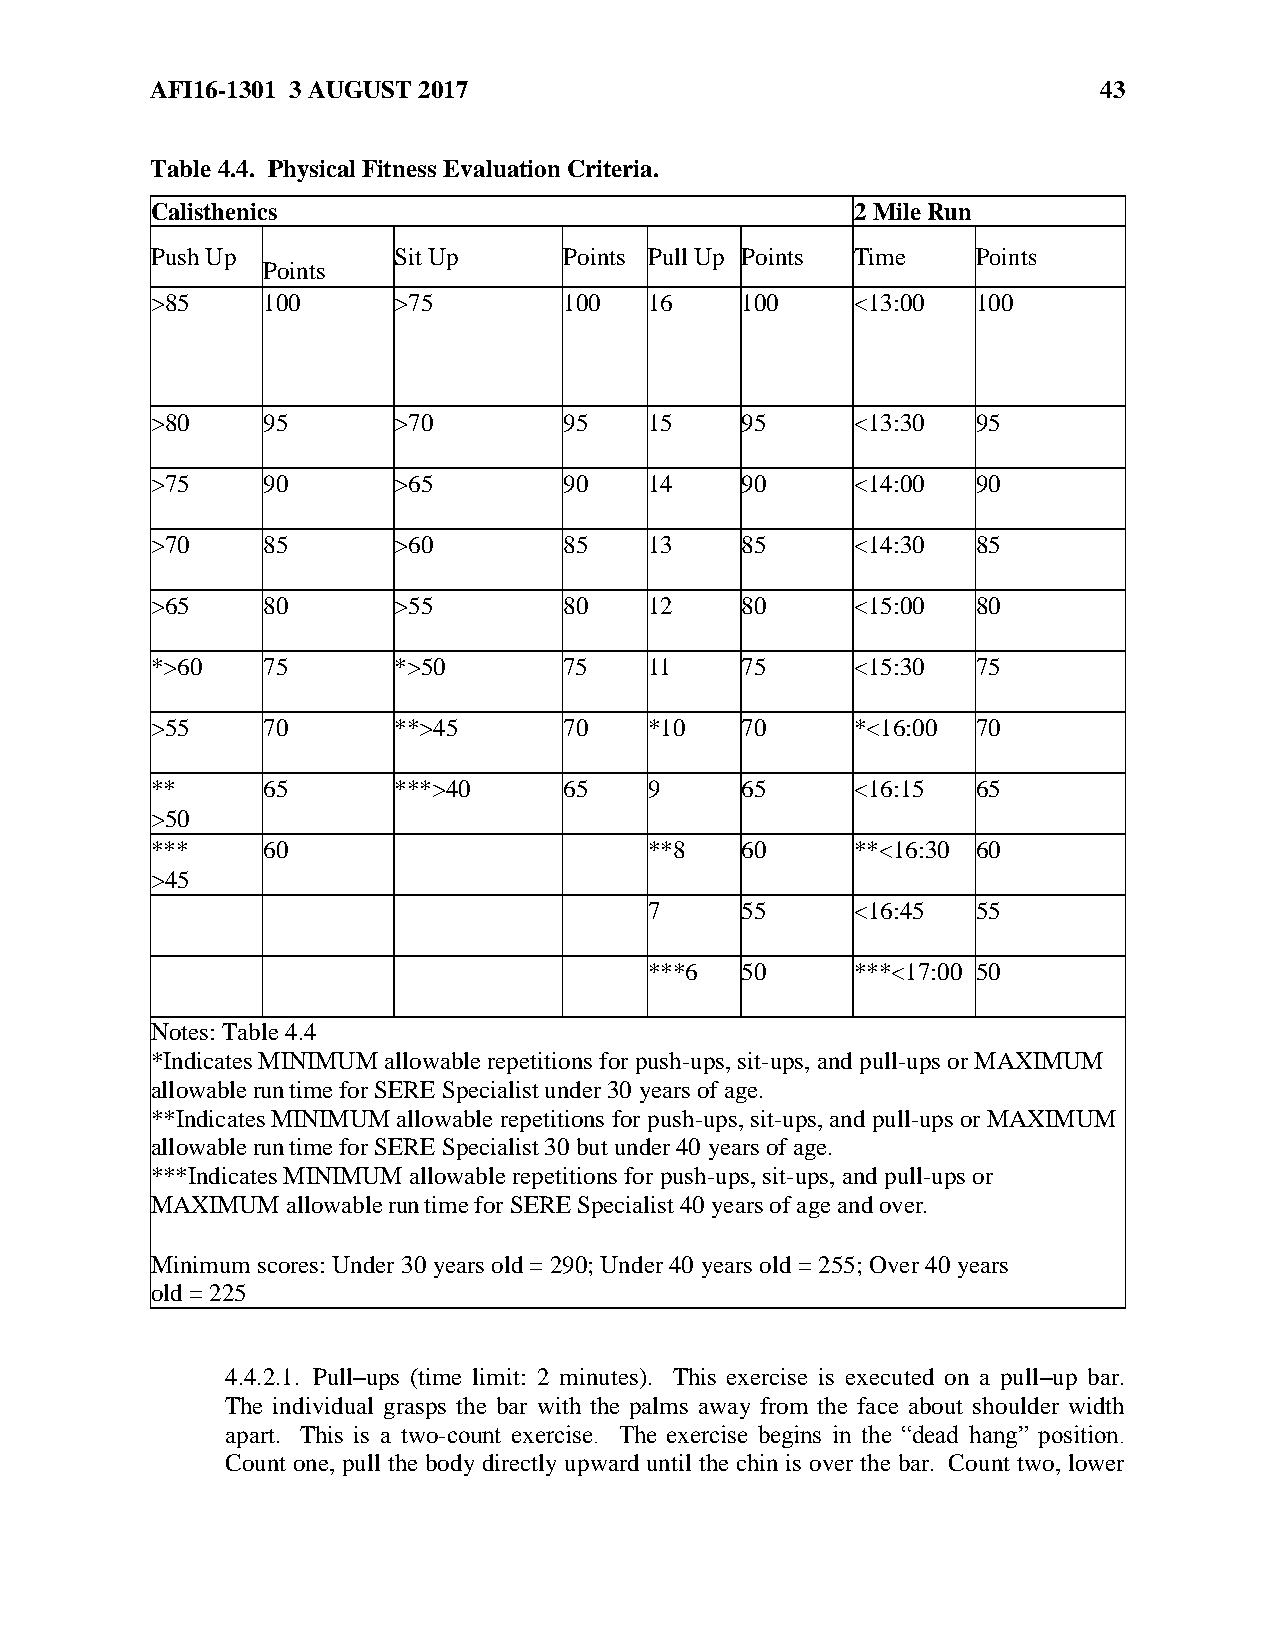
AFI16-1301 3 AUGUST 2017                                       43
 Table 4.4. Physical Fitness Evaluation Criteria.
 Calisthenics                                   2 Mile Run
 Push Up         Sit Up     Points Pull Up Points Time  Points
 Points
 >85    100      >75        100   16    100     <13:00  100
 >80    95       >70        95    15    95      <13:30  95
 >75    90       >65        90    14    90      <14:00  90
 >70    85       >60        85    13    85      <14:30  85
 >65    80       >55        80    12    80      <15:00  80
 *>60   75       *>50       75    11    75      <15:30  75
 >55    70       **>45      70    *10   70      *<16:00 70
 **     65       ***>40     65    9     65      <16:15  65
 >50
 ***    60                        **8   60      **<16:30 60
 >45
 7     55      <16:45  55
 ***6  50      ***<17:00 50
 Notes: Table 4.4
 *Indicates MINIMUM allowable repetitions for push-ups, sit-ups, and pull-ups or MAXIMUM
 allowable run time for SERE Specialist under 30 years of age.
 **Indicates MINIMUM allowable repetitions for push-ups, sit-ups, and pull-ups or MAXIMUM
 allowable run time for SERE Specialist 30 but under 40 years of age.
 ***Indicates MINIMUM allowable repetitions for push-ups, sit-ups, and pull-ups or
 MAXIMUM  allowable run time for SERE Specialist 40 years of age and over.
 Minimum scores: Under 30 years old = 290; Under 40 years old = 255; Over 40 years
 old = 225
 4.4.2.1. Pull–ups (time limit: 2 minutes). This exercise is executed on a pull–up bar.
 The individual grasps the bar with the palms away from the face about shoulder width
 apart. This is a two-count exercise. The exercise begins in the “dead hang” position.
 Count one, pull the body directly upward until the chin is over the bar. Count two, lower